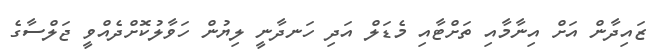
ޒައިދާން އަށް އިނާމާއި ތަށްޓާއި މެޑަލް އަދި ހަނދާނީ ލިޔުން ހަވާލުކޮށްދެއްވީ ޖަލްސާގެ